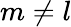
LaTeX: m\neq l